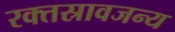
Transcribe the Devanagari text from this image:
रक्तस्रावजन्य